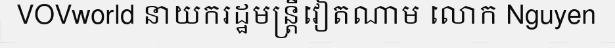
VOVworld នាយករដ្ឋមន្ត្រីវៀតណាម លោក Nguyen